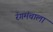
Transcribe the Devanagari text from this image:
रंगमंचाला